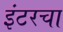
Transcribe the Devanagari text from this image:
इंटरचा